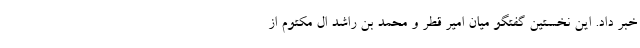
خبر داد. این نخستین گفتگو میان امیر قطر و محمد بن راشد ال مکتوم از